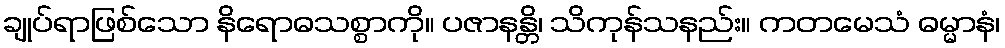
ချုပ်ရာဖြစ်သော နိရောဓသစ္စာကို။ ပဇာနန္တိ၊ သိကုန်သနည်း။ ကတမေသံ ဓမ္မာနံ၊